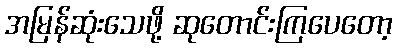
အမြန်ဆုံးသေဖို့ ဆုတောင်းကြပေတော့